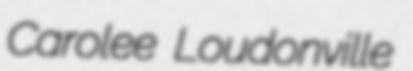
Carolee Loudonville